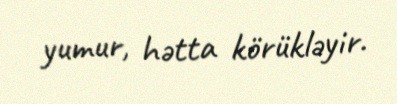
yumur, hətta körükləyir.